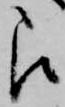
被